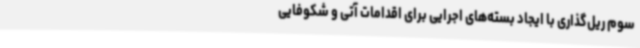
سوم ریل‌گذاری با ایجاد بسته‌های اجرایی برای اقدامات آتی و شکوفایی